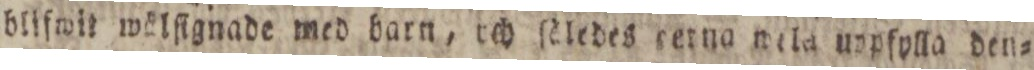
blifwit wälfignade med barn, och ſeledes cetna mela uppſylla den=